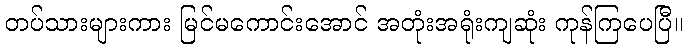
တပ်သားများကား မြင်မကောင်းအောင် အတုံးအရုံးကျဆုံး ကုန်ကြပေပြီ။